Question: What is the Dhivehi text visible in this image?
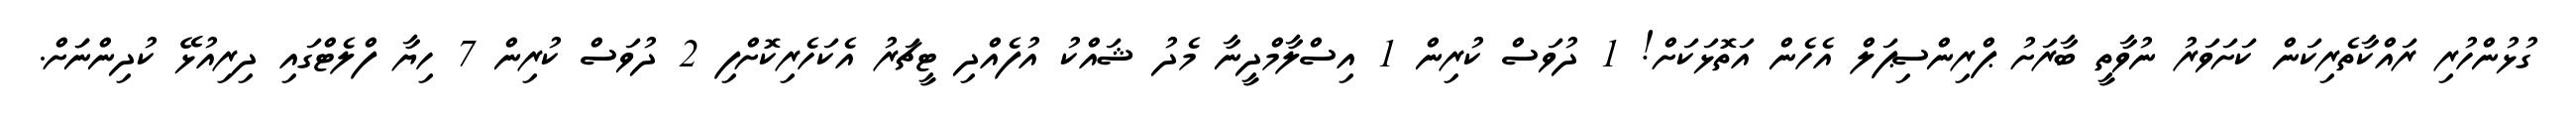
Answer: ގުޅުންހުރި ރައްކާތެރިކަން ކަށަވަރު ނުވާތީ ބާރަށު ޕްރިންސިޕަލް އެހެން އަތޮޅަކަށް! 1 ދުވަސް ކުރިން 1 އިސްލާމްދީނާ މެދު ޝައްކު އުފެއްދި ޓީޗަރު އެކަހެރިކޮށްފި 2 ދުވަސް ކުރިން 7 ހިޔާ ފްލެޓްގައި ދިރިއުޅޭ ކުދިންނަަށް.